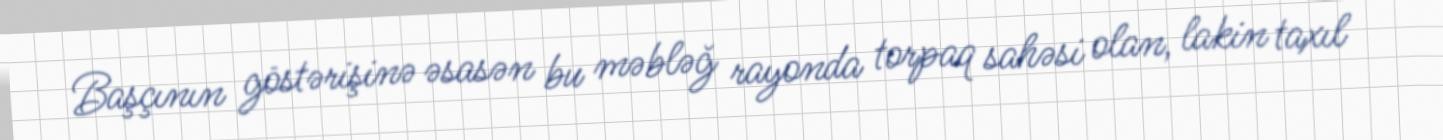
Başçının göstərişinə əsasən bu məbləğ rayonda torpaq sahəsi olan, lakin taxıl